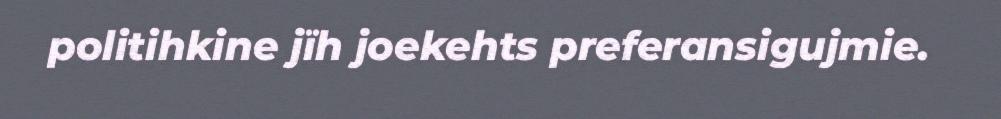
politihkine jïh joekehts preferansigujmie.